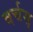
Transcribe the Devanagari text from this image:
वर्चस्